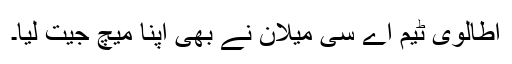
اطالوی ٹیم اے سی میلان نے بھی اپنا میچ جیت لیا۔